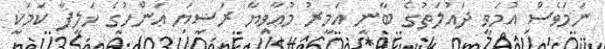
ނަމަވެސް އުމަވީ ދައުލަތުގެ ބާނީ އަމީރު މުޢާވިޔާ ރަޟިޔަ ޢަންހުގެ ޚަލީފާ ކަމަކީ